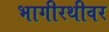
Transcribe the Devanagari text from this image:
भागीरथीवर